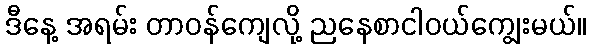
ဒီနေ့ အရမ်း တာဝန်ကျေလို့ ညနေစာငါဝယ်ကျွေးမယ်။